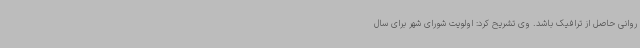
روانی حاصل از ترافیک باشد. وی تشریح کرد: اولویت شورای شهر برای سال